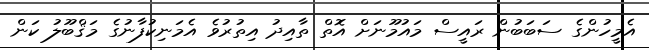
އެމީހުންގެ ސަބަބުން ރައީސް މައުމޫނަށް އޮތް ތާއިދު އިތުރުވެ އެމަނިކުފާނުގެ މަޤްބޫލު ކަން